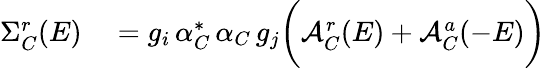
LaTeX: \begin{array}{rl}{\Sigma_{C}^{r}(E)}&{{}=g_{i}\, \alpha_{C}^{*}\, \alpha_{C}\, g_{j}\bigg(\mathcal{A}_{C}^{r}(E)+\mathcal{A}_{C}^{a}(-E)\bigg)}\end{array}